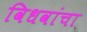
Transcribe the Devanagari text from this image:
विधवांचा